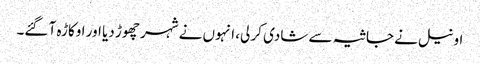
اونیل نے جاثیہ سے شادی کر لی، انہوں نے شہر چھوڑ دیا اور اوکاڑہ آ گئے۔